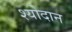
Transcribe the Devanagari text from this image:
श्योदान